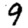
Digit: 9